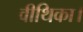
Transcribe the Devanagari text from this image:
वीथिका।